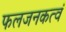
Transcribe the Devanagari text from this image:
फलजनकत्वं